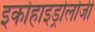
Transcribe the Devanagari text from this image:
इकोहाइड्रोलोजी